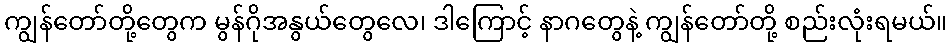
ကျွန်တော်တို့တွေက မွန်ဂိုအနွယ်တွေလေ၊ ဒါကြောင့် နာဂတွေနဲ့ ကျွန်တော်တို့ စည်းလုံးရမယ်။